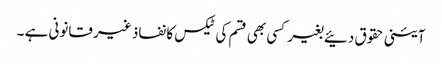
آئینی حقوق دئیے بغیر کسی بھی قسم کی ٹیکس کا نفاذ غیر قانونی ہے ۔